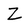
Character: Z